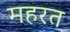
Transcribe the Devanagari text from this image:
महरत